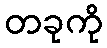
တခုကို